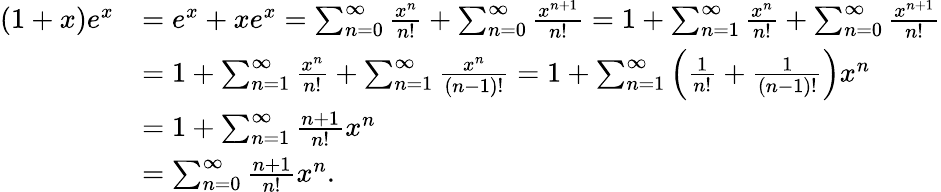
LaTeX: {\begin{array}{rl}{(1+x)e^{x}}&{=e^{x}+xe^{x}=\sum_{n=0}^{\infty}{\frac{x^{n}}{n!}}+\sum_{n=0}^{\infty}{\frac{x^{n+1}}{n!}}=1+\sum_{n=1}^{\infty}{\frac{x^{n}}{n!}}+\sum_{n=0}^{\infty}{\frac{x^{n+1}}{n!}}}\\ &{=1+\sum_{n=1}^{\infty}{\frac{x^{n}}{n!}}+\sum_{n=1}^{\infty}{\frac{x^{n}}{(n-1)!}}=1+\sum_{n=1}^{\infty}\left({\frac{1}{n!}}+{\frac{1}{(n-1)!}}\right)x^{n}}\\ &{=1+\sum_{n=1}^{\infty}{\frac{n+1}{n!}}x^{n}}\\ &{=\sum_{n=0}^{\infty}{\frac{n+1}{n!}}x^{n}.}\end{array}}